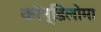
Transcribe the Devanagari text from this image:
कॉन्डिलोमा